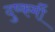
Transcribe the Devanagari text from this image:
दुष्कर्मी